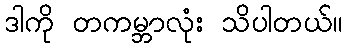
ဒါကို တကမ္ဘာလုံး သိပါတယ်။